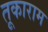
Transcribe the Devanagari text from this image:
तूकाराम